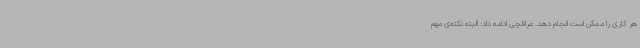
هر کاری را ممکن است انجام دهد. عراقچی ادامه داد: البته نکته‌ی مهم